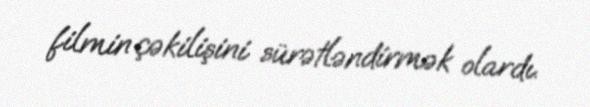
filmin çəkilişini sürətləndirmək olardı.